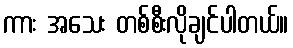
ကား အသေး တစ်စီးလိုချင်ပါတယ်။